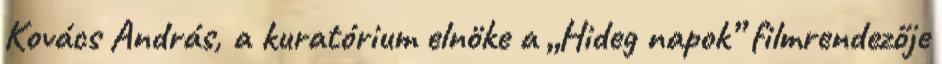
Kovács András, a kuratórium elnöke a „Hi­deg napok” filmrendezője